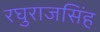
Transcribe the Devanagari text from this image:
रघुराजसिंह